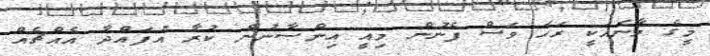
މީގެ މާނައަކީ ރަހަ ވަސް ފެނުން މިއީ އިންސާނުން ކުރާ އުފައްދާ އެއްޗެއް